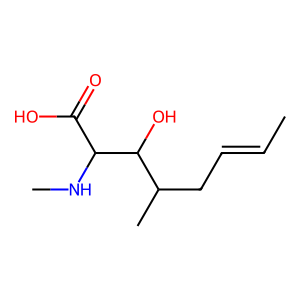
SMILES: CC=CCC(C)C(O)C(NC)C(=O)O
Inhibits HIV replication: No